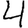
Digit: 4